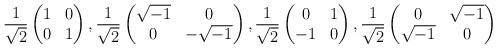
LaTeX: \begin{align*} \frac{1}{\sqrt{2}} \begin{pmatrix} 1 & 0 \\ 0 & 1 \end{pmatrix}, \frac{1}{\sqrt{2}} \begin{pmatrix} \sqrt{-1} & 0 \\ 0 & -\sqrt{-1} \end{pmatrix}, \frac{1}{\sqrt{2}} \begin{pmatrix} 0 & 1 \\ -1 & 0 \end{pmatrix}, \frac{1}{\sqrt{2}} \begin{pmatrix} 0 & \sqrt{-1} \\ \sqrt{-1} & 0 \end{pmatrix}\end{align*}